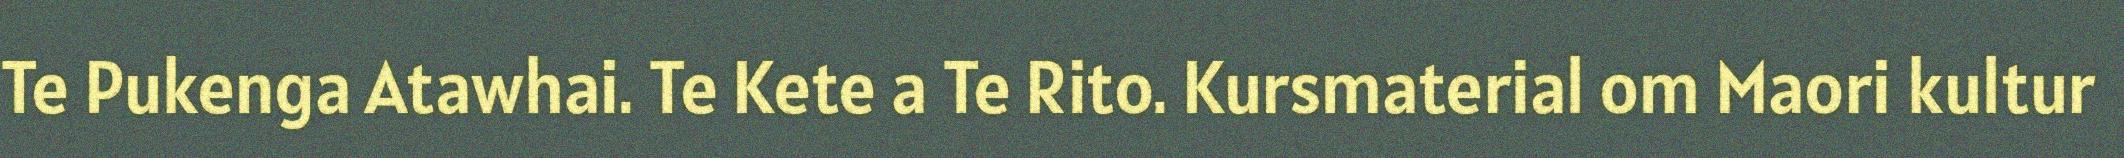
Te Pukenga Atawhai. Te Kete a Te Rito. Kursmaterial om Maori kultur